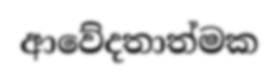
ආවේදතාත්මක